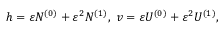
h = \varepsilon N ^ { ( 0 ) } + \varepsilon ^ { 2 } N ^ { ( 1 ) } , \; v = \varepsilon U ^ { ( 0 ) } + \varepsilon ^ { 2 } U ^ { ( 1 ) } ,